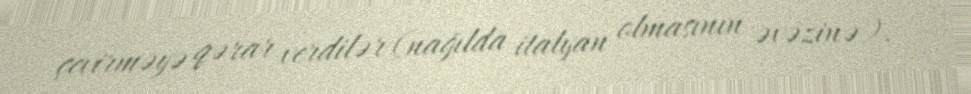
çevirməyə qərar verdilər (nağılda italyan olmasının əvəzinə).